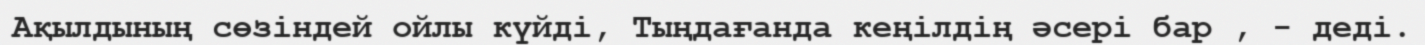
Ақылдының сөзіндей ойлы күйді, Тыңдағанда кеңілдің әсері бар , - деді.